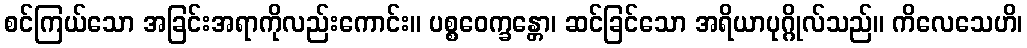
စင်ကြယ်သော အခြင်းအရာကိုလည်းကောင်း။ ပစ္စဝေက္ခန္တော၊ ဆင်ခြင်သော အရိယာပုဂ္ဂိုလ်သည်။ ကိလေသေဟိ၊